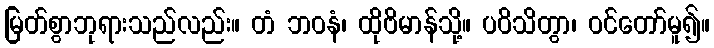
မြတ်စွာဘုရားသည်လည်း။ တံ ဘဝနံ၊ ထိုဗိမာန်သို့။ ပဝိသိတွာ၊ ဝင်တော်မူ၍။